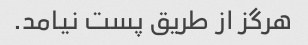
هرگز از طریق پست نیامد.